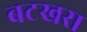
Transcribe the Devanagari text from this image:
बटखरा